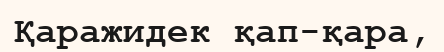
Қаражидек қап-қара,